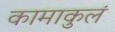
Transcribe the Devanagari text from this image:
कामाकुलं